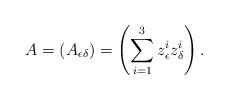
LaTeX: \begin{align*} A=\left( A_{\epsilon \delta}\right)=\left( \sum\limits_{i=1}^{3}z^i_{\epsilon}z^i_{\delta}\right). \end{align*}